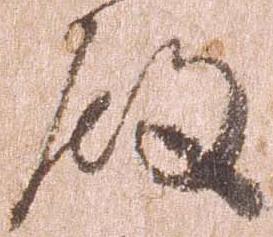
殿